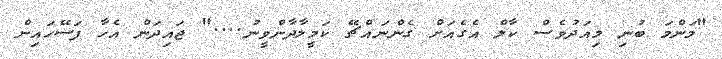
"މަންމަ ބުނި މިއަދުވެސް ކާލް އެގެއަށް ގެންނައްޗޭ ކަމީލާދާންވީނު...." ޖައިދަން އެހާ ފަސޭހައިން